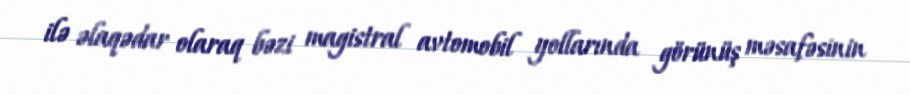
ilə əlaqədar olaraq bəzi magistral avtomobil yollarında görünüş məsafəsinin